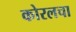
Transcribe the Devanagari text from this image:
कोरलचा